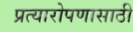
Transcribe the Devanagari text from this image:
प्रत्यारोपणासाठी